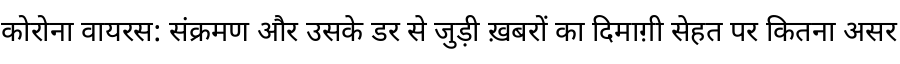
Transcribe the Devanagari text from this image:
कोरोना वायरस: संक्रमण और उसके डर से जुड़ी ख़बरों का दिमाग़ी सेहत पर कितना असर